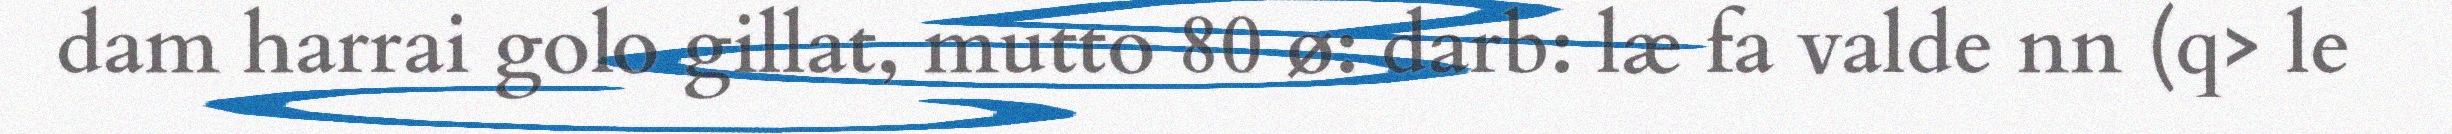
dam harrai golo gillat, mutto 80 ø: darb: læ fa valde nn (q> le